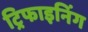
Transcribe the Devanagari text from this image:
ट्रिफाइनिंग